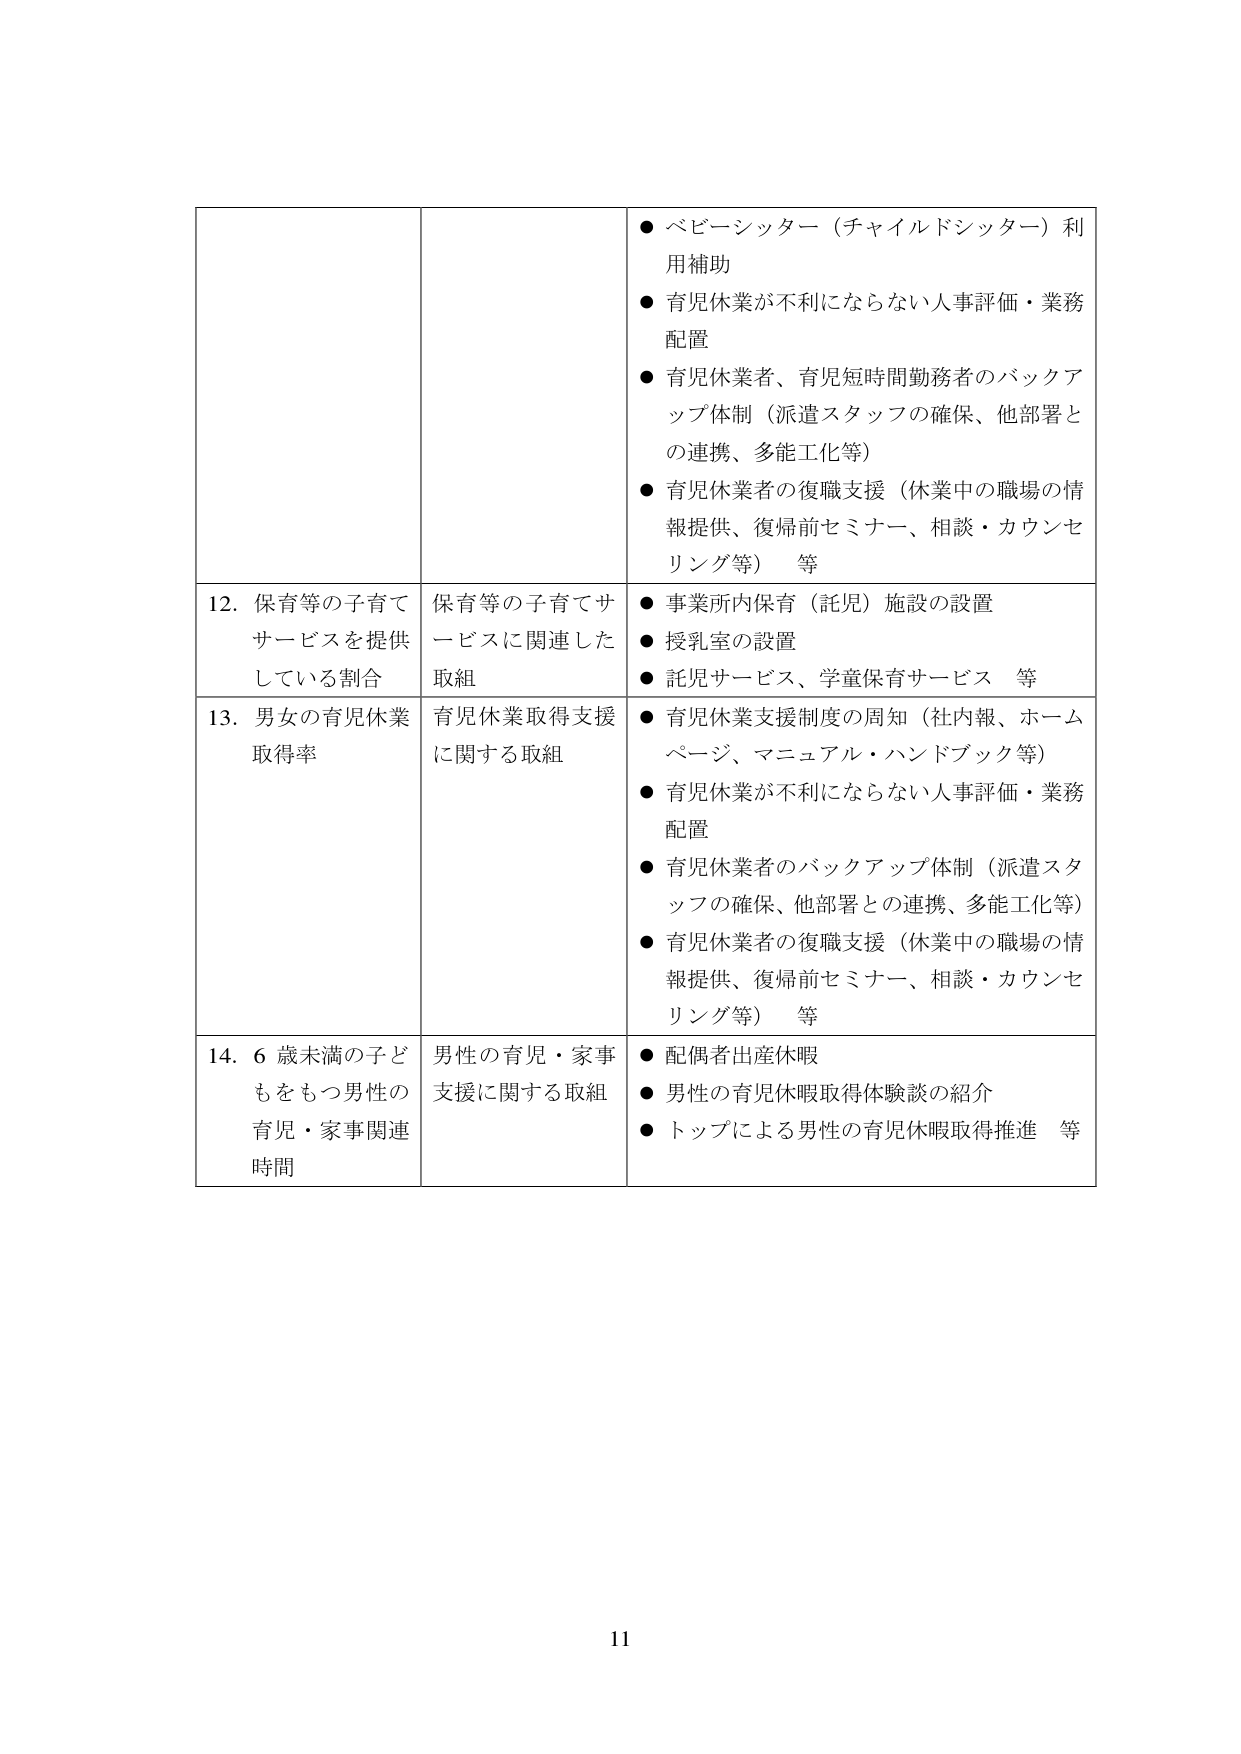
● ベビーシッター（チャイルドシッター）利用補助
● 育児休業が不利にならない人事評価・業務配置
● 育児休業者、育児短時間勤務者のバックアップ体制（派遣スタッフの確保、他部署との連携、多能工化等）
● 育児休業者の復職支援（休業中の職場の情報提供、復帰前セミナー、相談・カウンセリング等） 等

12. 保育等の子育てサービスを提供している割合
保育等の子育てサービスに関連した取組
● 事業所内保育（託児）施設の設置
● 授乳室の設置
● 託児サービス、学童保育サービス 等

13. 男女の育児休業取得率
育児休業取得支援に関する取組
● 育児休業支援制度の周知（社内報、ホームページ、マニュアル・ハンドブック等）
● 育児休業が不利にならない人事評価・業務配置
● 育児休業者のバックアップ体制（派遣スタッフの確保、他部署との連携、多能工化等）
● 育児休業者の復職支援（休業中の職場の情報提供、復帰前セミナー、相談・カウンセリング等） 等

14. 6 歳未満の子どもをもつ男性の育児・家事関連時間
男性の育児・家事支援に関する取組
● 配偶者出産休暇
● 男性の育児休暇取得体験談の紹介
● トップによる男性の育児休暇取得推進 等

11